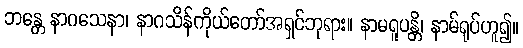
ဘန္တေ နာဂသေနာ၊ နာဂသိန်ကိုယ်တော်အရှင်ဘုရား။ နာမရူပန္တိ၊ နာမ်ရုပ်ဟူ၍။